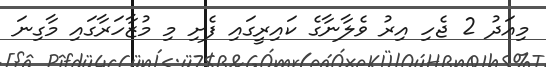
މިއަދު 2 ޖެހި އިރު ވެލާނާގެ ކައިރީގައި ފެށި މި މުޒާހަރާގައި މާގިނަ